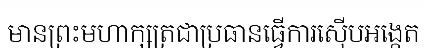
មានព្រះមហាក្សត្រជាប្រធានធ្វើការស៊ើបអង្កេត